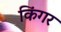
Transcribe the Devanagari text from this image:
किंगर